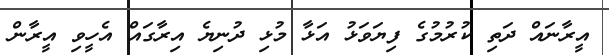
އީރާނައް ދަތި ކުރުމުގެ ފިޔަވަޅު އަޅާ މުޅި ދުނިޔެ އިރާގައް އެހީވި އީރާން